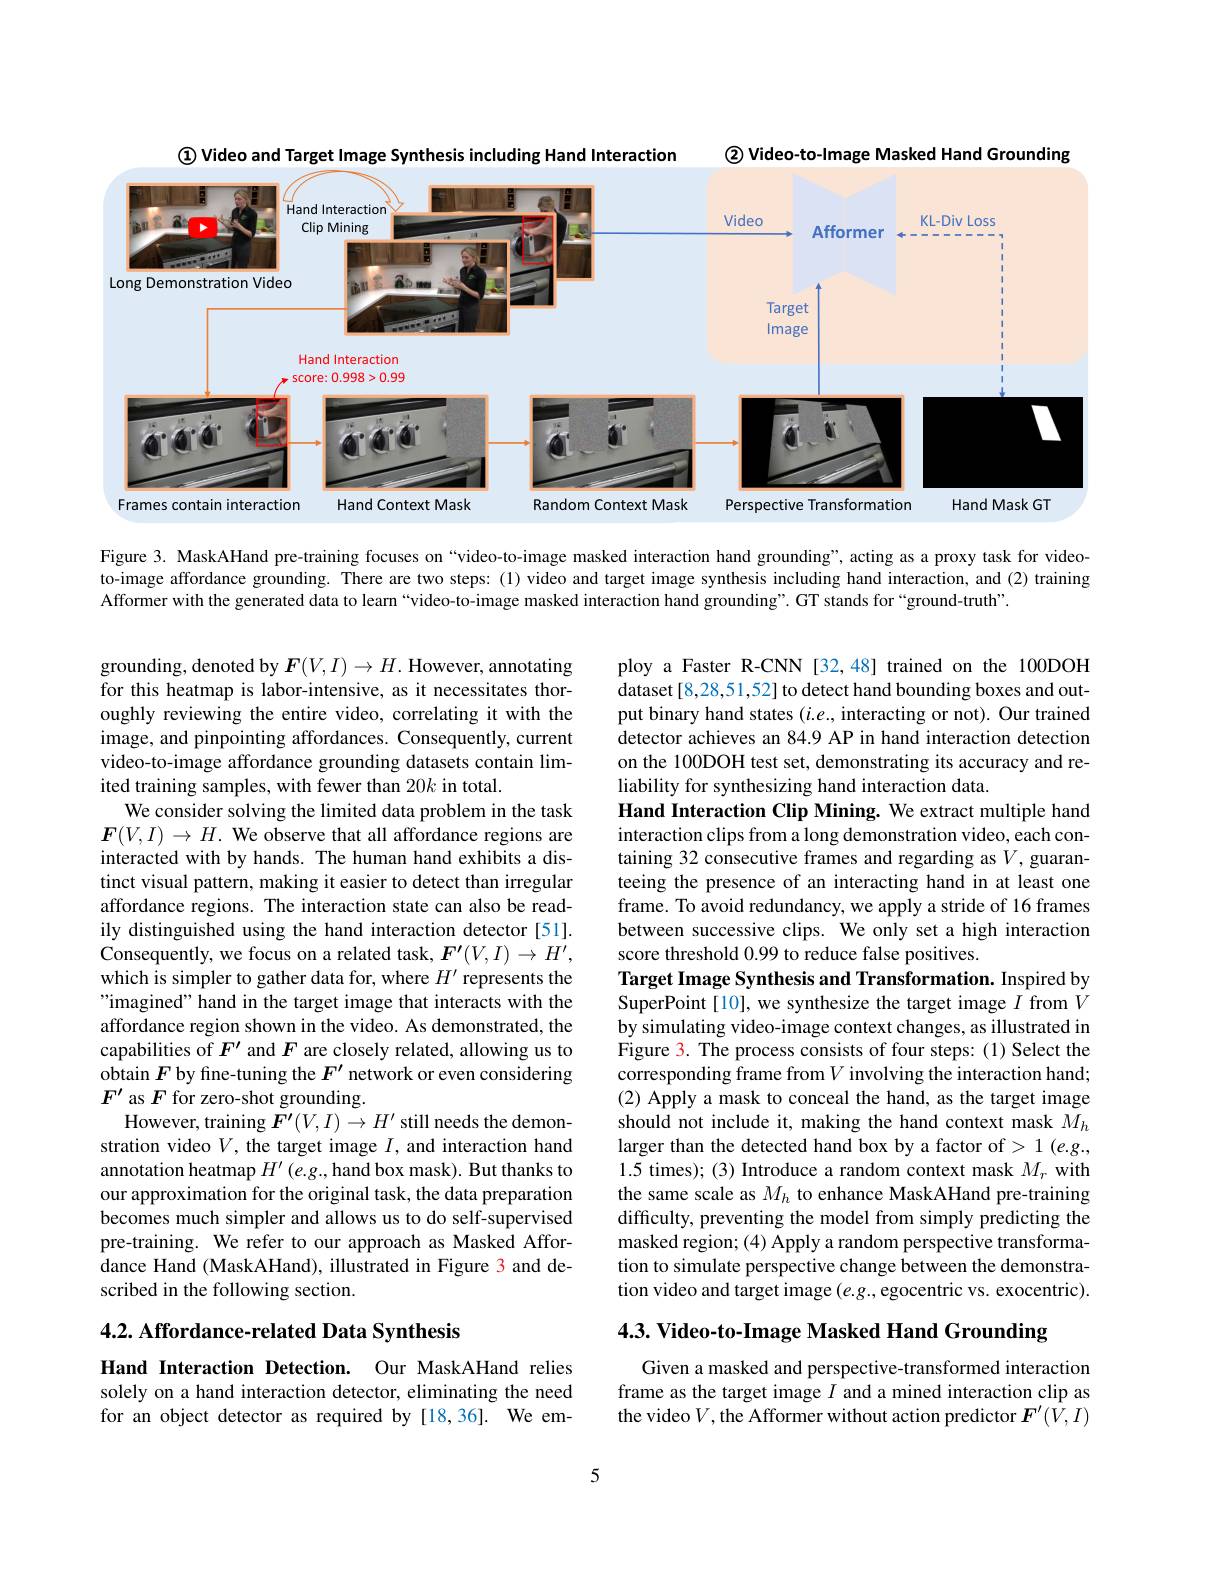
$\textcircled{2}$ Video-to-Image Masked Hand Grounding

$\textcircled{1}$ Video and Target Image Synthesis including Hand Interaction

<FigureHere>

Figure 3. MaskAHand pre-training focuses on “video-to-image masked interaction hand grounding”,acting as a proxy task for videoto-image affordance grounding. There are two steps:(1) video and target image synthesis including hand interaction, and (2) training Afformer with the generated data to learn“video-to-image masked interaction hand grounding”. GT stands for“ground-truth”.

grounding, denoted by $F(V,I)\to H.$ However, annotating for this heatmap is labor-intensive, as it necessitates thoroughly reviewing the entire video, correlating it with the image, and pinpointing affordances. Consequently, current video-to-image affordance grounding datasets contain limited training samples, with fewer than 20k in total.
We consider solving the limited data problem in the task $\boldsymbol{F}(V,I)\to H.$ We observe that all affordance regions are interacted with by hands. The human hand exhibits a distinct visual pattern, making it easier to detect than irregular affordance regions. The interaction state can also be readily distinguished using the hand interaction detector [51]. Consequently, we focus on a related task, $F^\prime(V,I)\to H^{\prime}$, which is simpler to gather data for, where $H^{\prime}$ represents the ""imagined" hand in the target image that interacts with the affordance region shown in the video. As demonstrated, the capabilities of $F^{\prime}$ and $F$ are closely related, allowing us to obtain $F$ by fine-tuning the $F^{\prime}$ network or even considering $F^{\prime}$ as $F$ for zero-shot grounding.
However, training $F^\prime(V,I)\to H^{\prime}$ still needs the demonstration video $V$, the target image $I$, and interaction hand annotation heatmap $H^\prime\left(e.g.,\text{handboxmask}\right).$ But thanks to our approximation for the original task, the data preparation becomes much simpler and allows us to do self-supervised pre-training. We refer to our approach as Masked Affordance Hand (MaskAHand), illustrated in Figure 3 and described in the following section.

ploy a Faster R-CNN [32,48] trained on the 100DOH dataset [8,28,51,52] to detect hand bounding boxes and output binary hand states $(i.e.$, interacting or not). Our trained detector achieves an 84.9 AP in hand interaction detection on the 100DOH test set, demonstrating its accuracy and reliability for synthesizing hand interaction data.
Hand Interaction Clip Mining. We extract multiple hand interaction clips from a long demonstration video, each containing 32 consecutive frames and regarding as $V$, guaranteeing the presence of an interacting hand in at least one frame. To avoid redundancy, we apply a stride of 16 frames between successive clips. We only set a high interaction score threshold 0.99 to reduce false positives.
Target Image Synthesis and Transformation. Inspired by SuperPoint [10], we synthesize the target image $I$ from $V$ by simulating video-image context changes, as illustrated in Figure 3. The process consists of four steps: (1) Select the corresponding frame from $V$ involving the interaction hand; (2) Apply a mask to conceal the hand, as the target image should not include it, making the hand context mask $M_h$ larger than the detected hand box by a factor of> 1 (e.g., 1.5 times); (3) Introduce a random context mask $M_r$ with the same scale as $M_h$ to enhance MaskAHand pre-training difficulty, preventing the model from simply predicting the masked region; (4) Apply a random perspective transformation to simulate perspective change between the demonstration video and target image $(e.g.$,egocentric vs. exocentric).

## 4.2. Affordance-related Data Synthesis

4.3. Video-to-Image Masked Hand Grounding

Hand Interaction Detection. Our MaskAHand relies solely on a hand interaction detector, eliminating the need for an object detector as required by [18,36]. We em-

Given a masked and perspective-transformed interaction frame as the target image $I$ and a mined interaction clip as the video $V$,the Afformer without action predictor $F^\prime(\bar{V},I)$

5